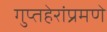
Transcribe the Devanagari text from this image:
गुप्तहेरांप्रमणे